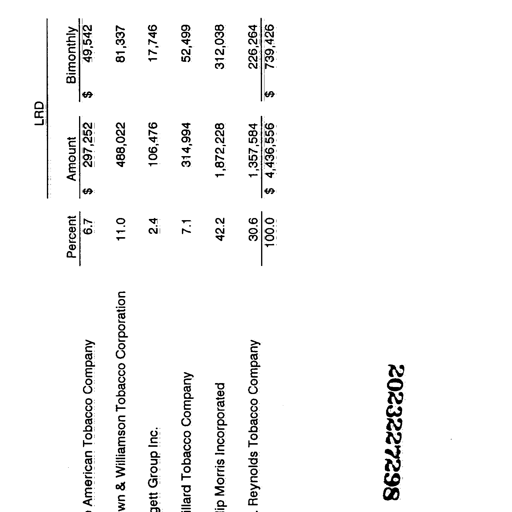
Transcript:
LRD
Percent Amount Bimonthly
American Tobacco Company 6.7 $ 297,252 $ 49,542
Brown & Williamson Tobacco Corporation 11.0 488,022 81,337
Liggett Group Inc. 2.4 106,476 17,746
Lorillard Tobacco Company 7.1 314,994 52,499
Philip Morris Incorporated 42.2 1,872,228 312,038
R. J. Reynolds Tobacco Company 30.6 1,357,584 226,264
100.0 $ 4,436,556 $ 739,426
862227298